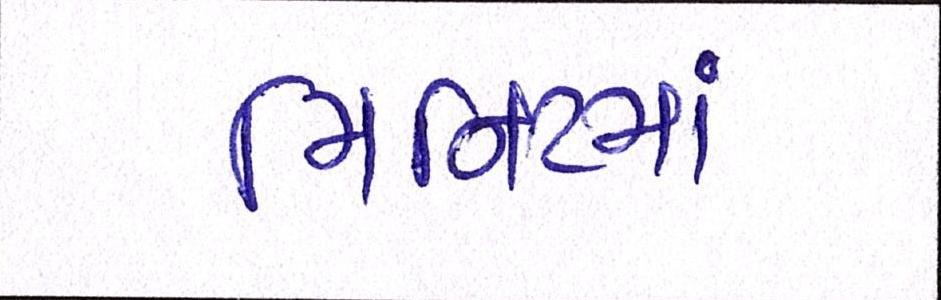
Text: મિનીટમાં